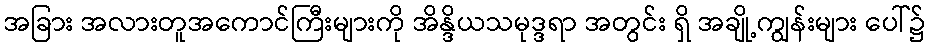
အခြား အလားတူအကောင်ကြီးများကို အိန္ဒိယသမုဒ္ဒရာ အတွင်း ရှိ အချို့ကျွန်းများ ပေါ်၌